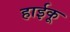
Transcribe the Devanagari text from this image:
हाईकू